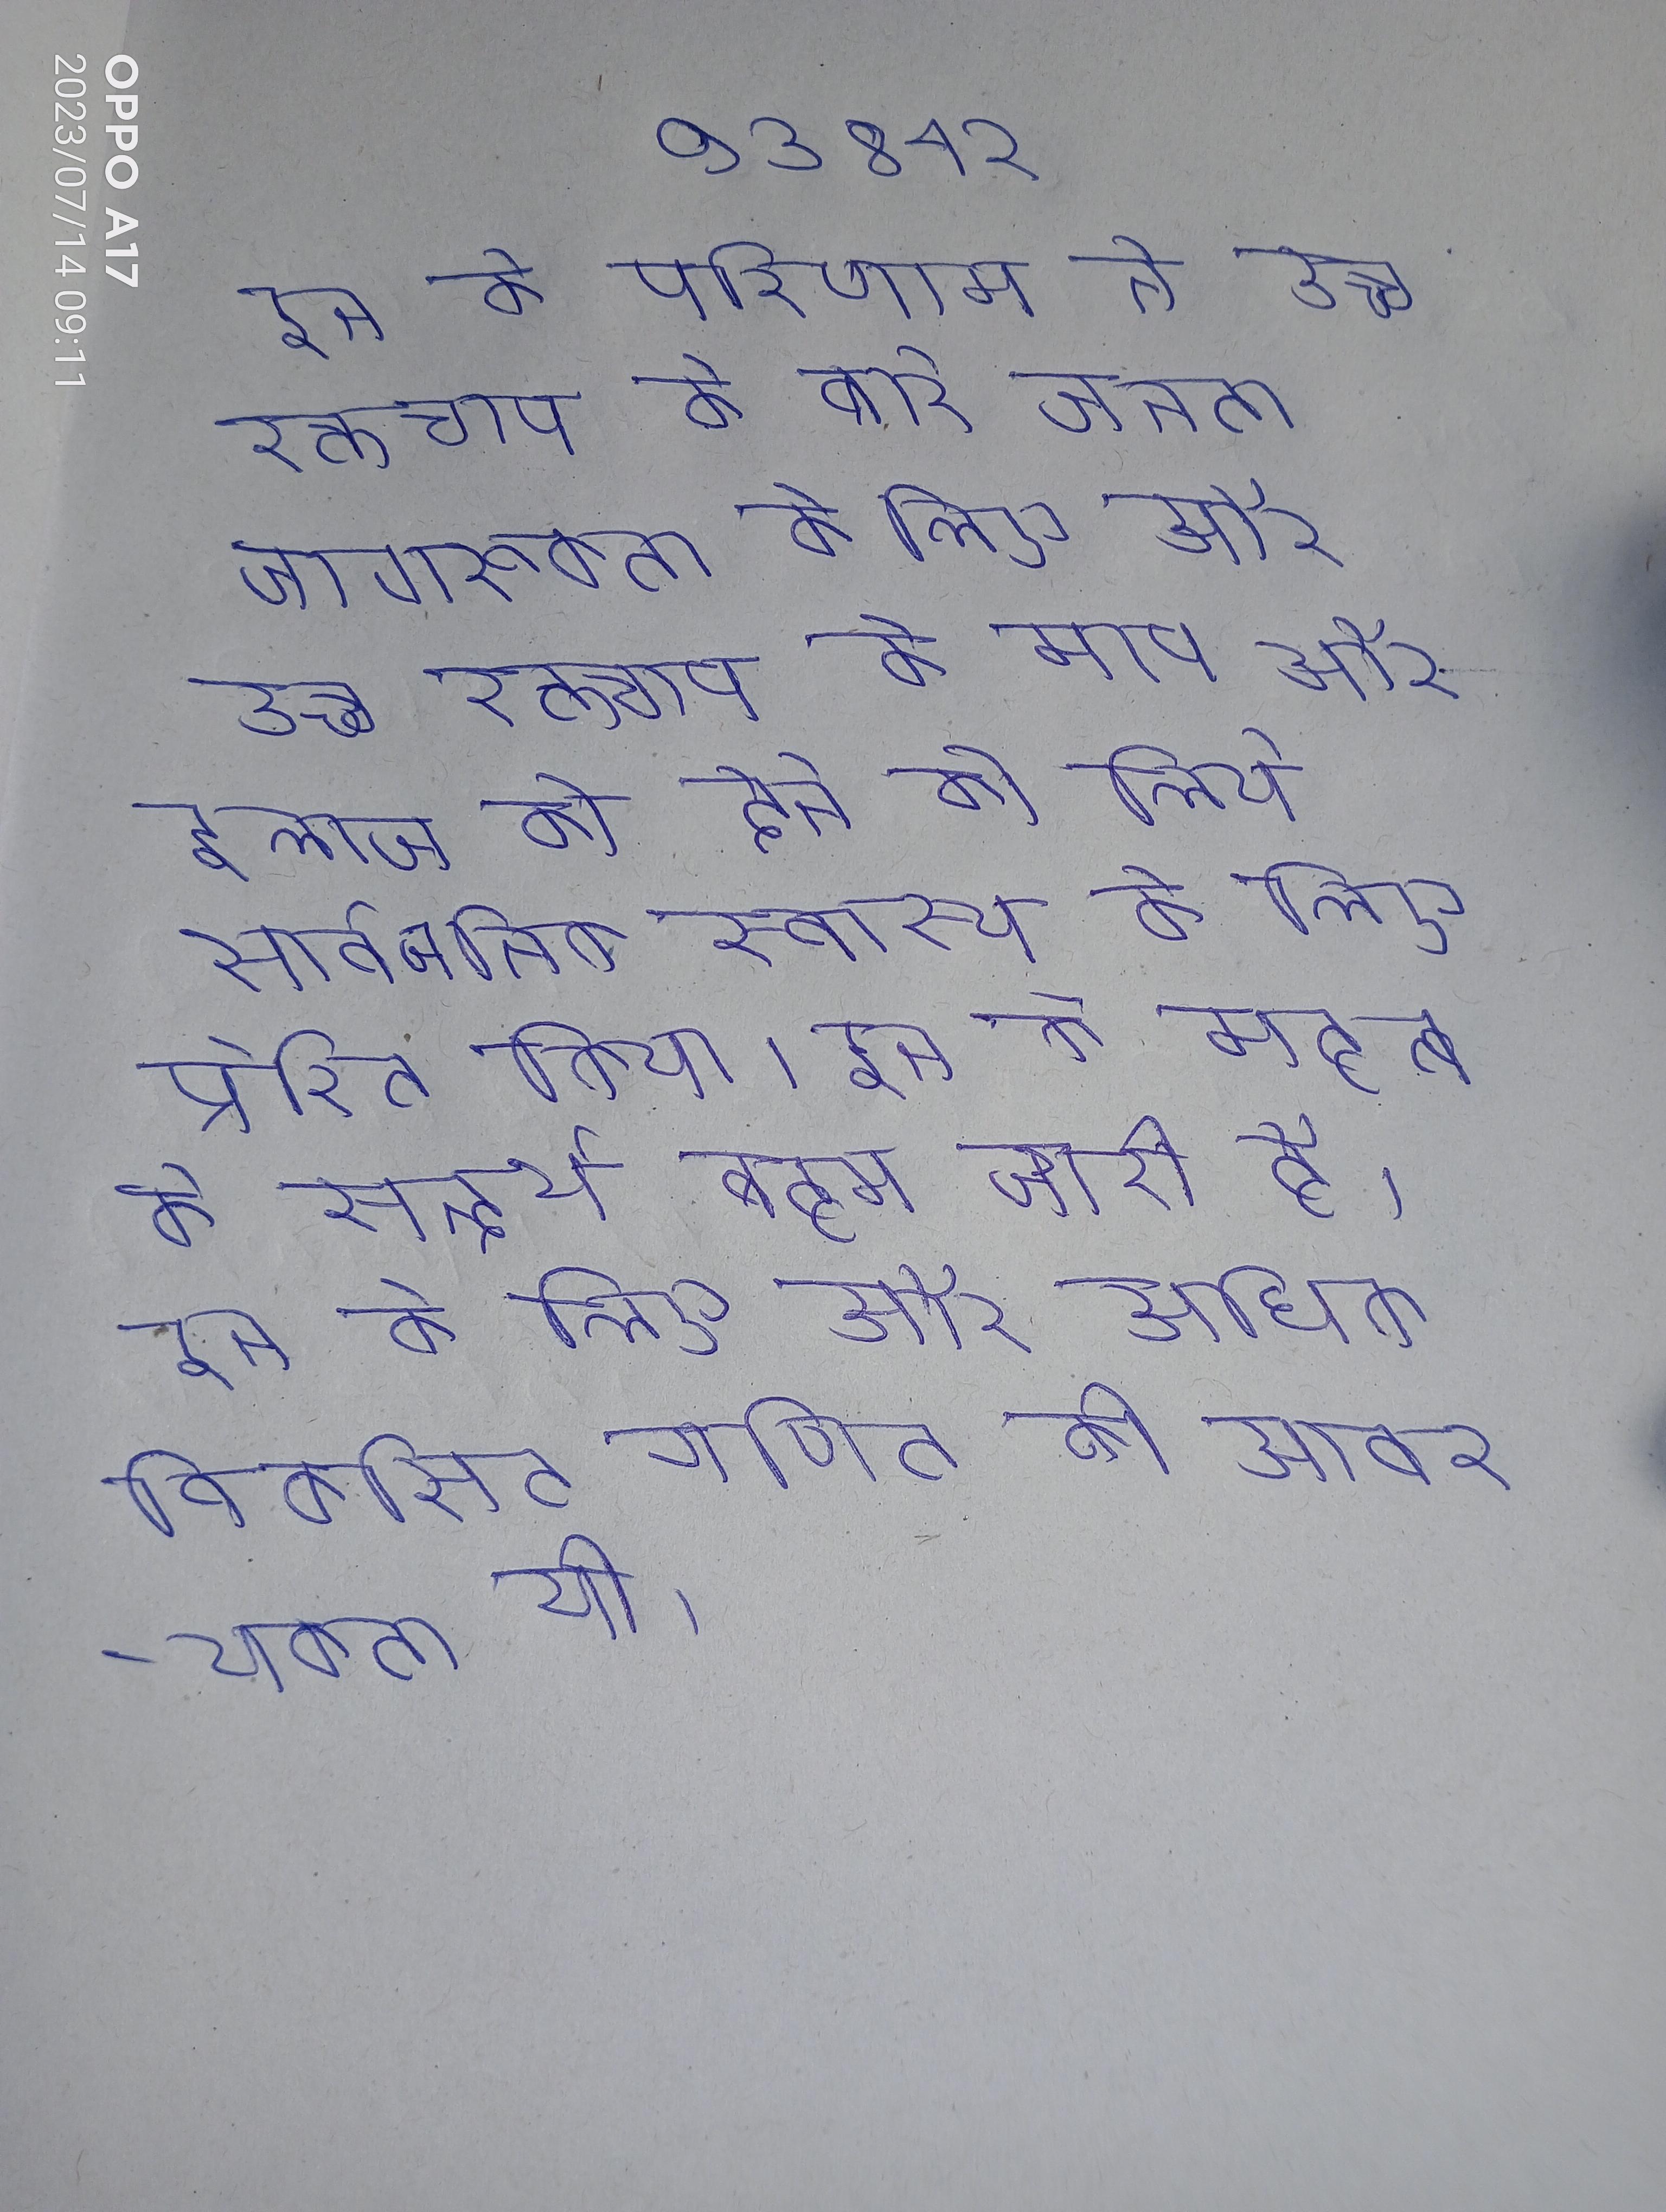
इन के परिणाम ने उच्च रक्तचाप के बारे जनता जागरूकता के लिए और उच्च रक्तचाप के माप और इलाज को देने के लिये सार्वजनिक स्वास्थ्य के लिए प्रेरित किया । इन के महत्व के सन्दर्भ बहस जारी है । इन के लिए और अधिक विकसित गणित की आवश्यकता थी ।